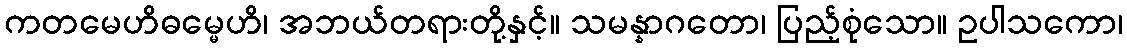
ကတမေဟိဓမ္မေဟိ၊ အဘယ်တရားတို့နှင့်။ သမန္နာဂတော၊ ပြည့်စုံသော။ ဥပါသကော၊